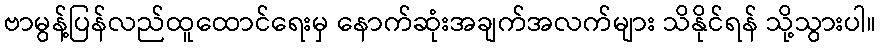
ဗာမွန့်ပြန်လည်ထူထောင်ရေးမှ နောက်ဆုံးအချက်အလက်များ သိနိုင်ရန် သို့သွားပါ။